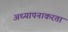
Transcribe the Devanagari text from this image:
अध्यापनाकरता